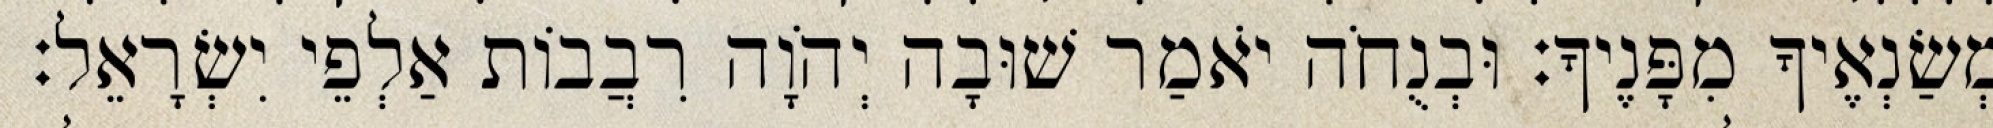
מְשַׂנְאֶיךָ מִפָּנֶיךָ׃ וּבְנֻחֹה יֹאמַר שׁוּבָה יְהֹוָה רִבֲבוֹת אַלְפֵי יִשְׂרָאֵל׃